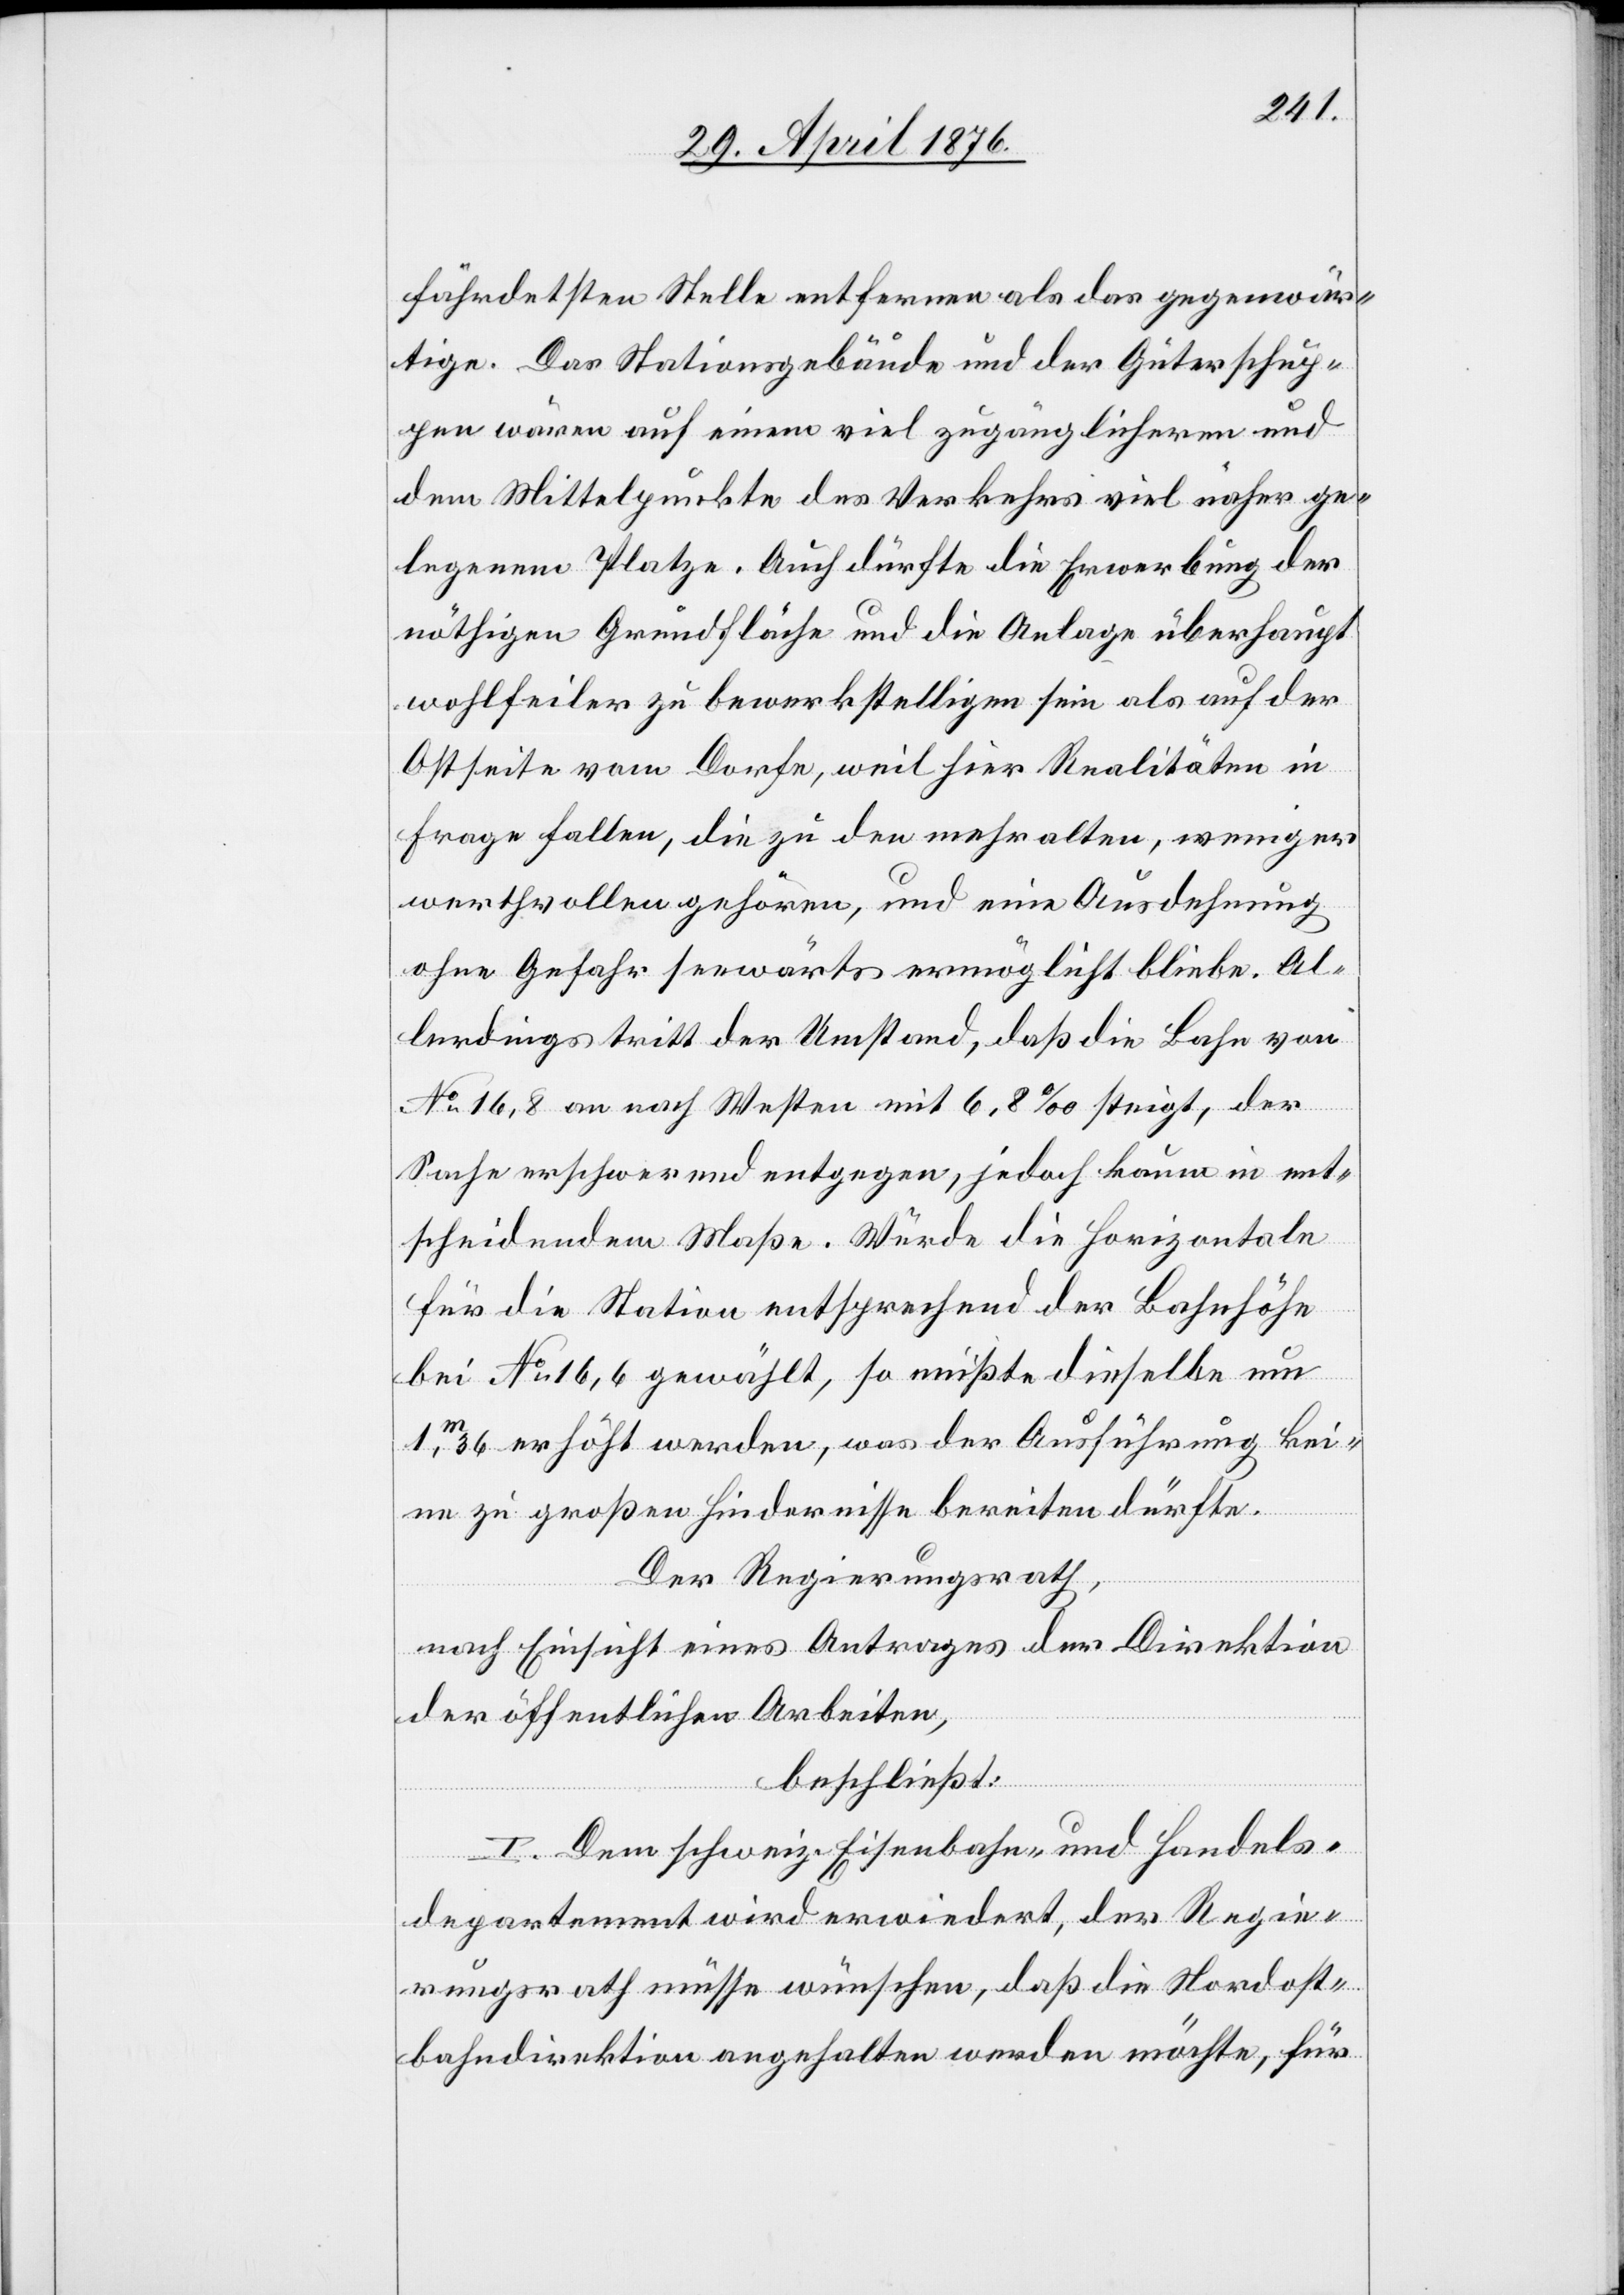
dost¬
fährdetsten Stelle entfernen als das gegenwär¬
tige. Das Stationsgebäude und der Güterschup¬
pen wären auf einem viel zugänglicheren und
dem Mittelpunkte des Verkehrs viel näher ge¬
legenen Platze. Auch dürfte die Erwerbung der
nöthigen Grundfläche und die Anlage überhaupt
wohlfeiler zu bewerkstelligen sein als auf der
Ostseite vom Dorfe, weil hier Realitäten in
Frage fallen, die zu den mehr alten, weniger
werthvollen gehören, und eine Ausdehnung
ohne Gefahr seewärts ermöglicht bliebe. Al¬
lerdings tritt der Umstand, das die Bahn von
No 16,8 an nach Westen mit 6,8 ‰ steigt, der
Sache erschwerend entgegen, jedoch kaum in ent¬
scheidendem Maße. Würde die Horizontale
für die Station entsprechend der Bahnhöhe
bei No 16,6 gewählt, so müßte dieselbe um
1m 36 erhöht werden, was der Ausführung kei¬
ne zu großen Hindernisse bereiten dürfte.
Der Regierungsrath,
nach Einsicht eines Antrages der Direktion
der öffentlichen Arbeiten,
beschließt:
I. Dem schweiz. Eisenbahn- und Handels¬
departement wird erwiedert, daß die
bahndirektion angehalten werden möchte, für